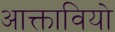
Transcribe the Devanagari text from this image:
आक्तावियो